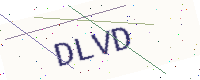
Text: DLVD